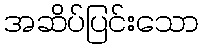
အဆိပ်ပြင်းသော